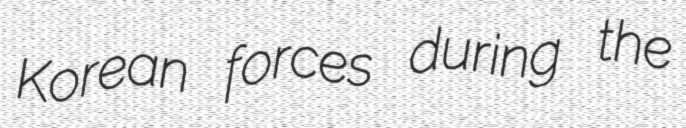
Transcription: Korean forces during the